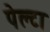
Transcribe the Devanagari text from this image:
पेल्टा